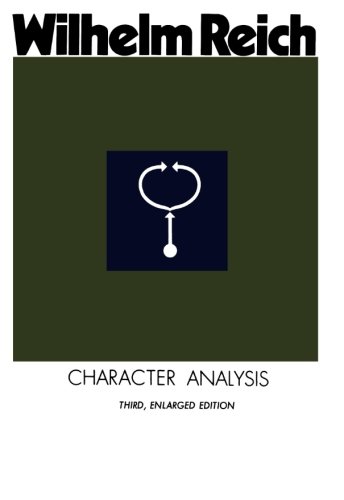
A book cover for Character Analysis; Wilhelm Reich; Medical Books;